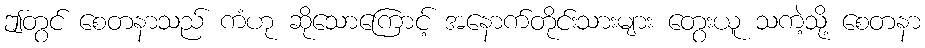
ဤတွင် စေတနာသည် ကံဟု ဆိုသောကြောင့် အနောက်တိုင်းသားများ တွေးယူ သကဲ့သို့ စေတနာ